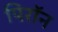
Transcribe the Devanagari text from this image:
पिरॉन